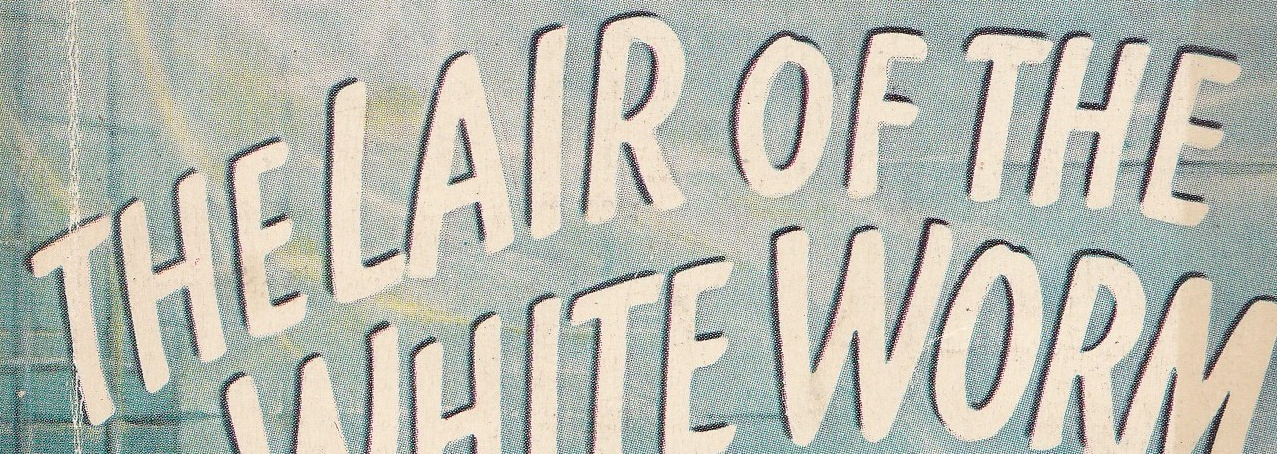
THELAIR OF THE